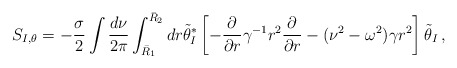
\begin{align*}S_{I,\theta} = -\frac{\sigma}{2} \int \frac{d\nu}{2\pi}\int_{\bar R_1}^{\bar R_2} dr \tilde\theta_I^* \left[-\frac{\partial}{\partial r} \gamma^{-1} r^2 \frac{\partial}{\partial r}- (\nu^2 - \omega^2) \gamma r^2 \right] \tilde\theta_I \,,\end{align*}